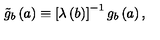
\tilde { g } _ { b } \left( a \right) \equiv \left[ \lambda \left( b \right) \right] ^ { - 1 } g _ { b } \left( a \right) ,